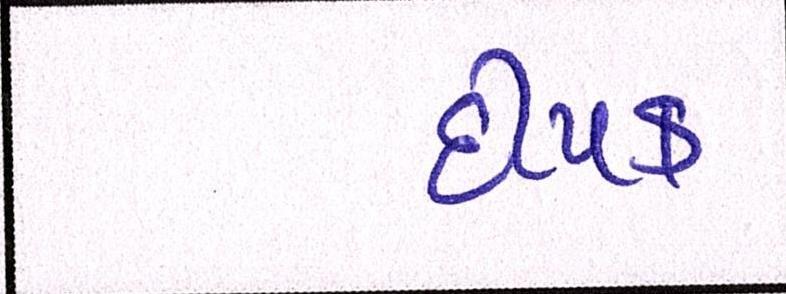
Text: દીપક